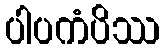
ပါပကံပိဿ